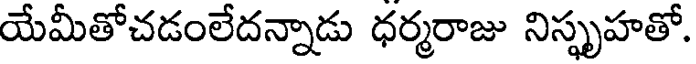
యేమీతోచడంలేదన్నాడు ధర్మరాజు నిస్ఫృహతో.